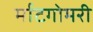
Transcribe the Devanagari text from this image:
र्माटगोमरी